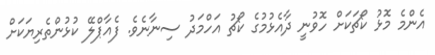
އެންމެ މޮޅު ކޯޗަކަށް ހޮވުނީ ދާއެޅުމުގެ ކޯޗު އަހްމަދު ސިނާނެވެ. ފެއާޕްލޭ ކުޅުންތެރިޔަކަށް